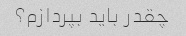
چقدر باید بپردازم؟